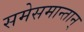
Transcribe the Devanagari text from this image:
समेसमान्तान्